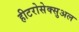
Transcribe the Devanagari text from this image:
हीटरोसेक्सुअल